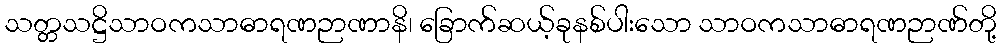
သတ္တသဋ္ဌိသာဝကသာဓာရဏဉာဏာနိ၊ ခြောက်ဆယ့်ခုနစ်ပါးသော သာဝကသာဓာရဏဉာဏ်တို့